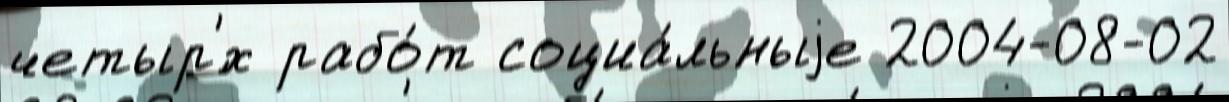
четыр'́х рабо́т социа́льныjе 2004-08-02